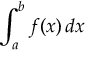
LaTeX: \int _ { a } ^ { b } f ( x ) \, d x